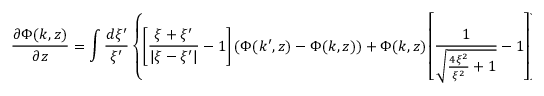
\frac { \partial \Phi ( k , z ) } { \partial z } = \int \frac { d \xi ^ { \prime } } { \xi ^ { \prime } } \left\{ \left[ \frac { \xi + \xi ^ { \prime } } { | \xi - \xi ^ { \prime } | } - 1 \right] ( \Phi ( k ^ { \prime } , z ) - \Phi ( k , z ) ) + \Phi ( k , z ) \left[ \frac 1 { \sqrt { \frac { 4 \xi ^ { 2 } } { \xi ^ { 2 } } + 1 } } - 1 \right] \right\} ,